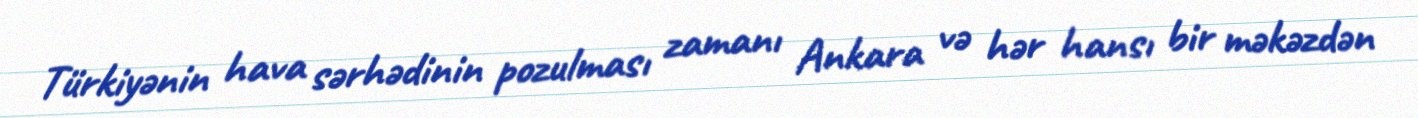
Türkiyənin hava sərhədinin pozulması zamanı Ankara və hər hansı bir məkəzdən